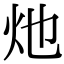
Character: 灺